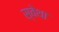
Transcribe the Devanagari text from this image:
स्वेथा